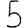
Digit: 5